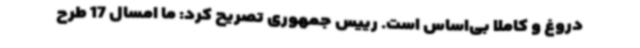
دروغ و کاملاً بی‌اساس است. رییس جمهوری تصریح کرد: ما امسال 17 طرح